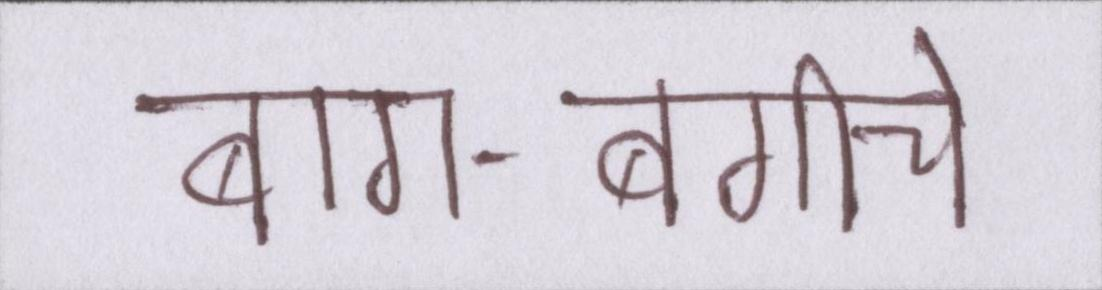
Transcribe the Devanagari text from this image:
बाग-बगीचे